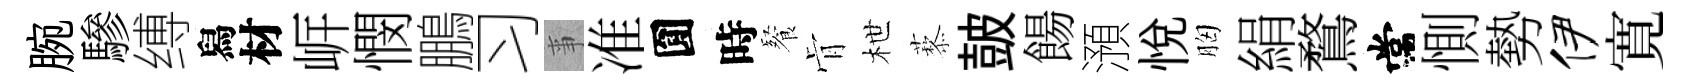
腕驂缚舄材㟁憫鵬习亊准圎時餐肻枻藜皷餳澦悦胸絹鶩常惻勢伊寛